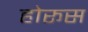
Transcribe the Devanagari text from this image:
होरूस